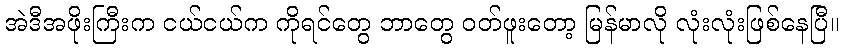
အဲဒီအဖိုးကြီးက ငယ်ငယ်က ကိုရင်တွေ ဘာတွေ ဝတ်ဖူးတော့ မြန်မာလို လုံးလုံးဖြစ်နေပြီ။